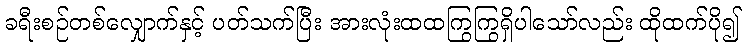
ခရီးစဉ်တစ်လျှောက်နှင့် ပတ်သက်ပြီး အားလုံးထထကြွကြွရှိပါသော်လည်း ထိုထက်ပို၍